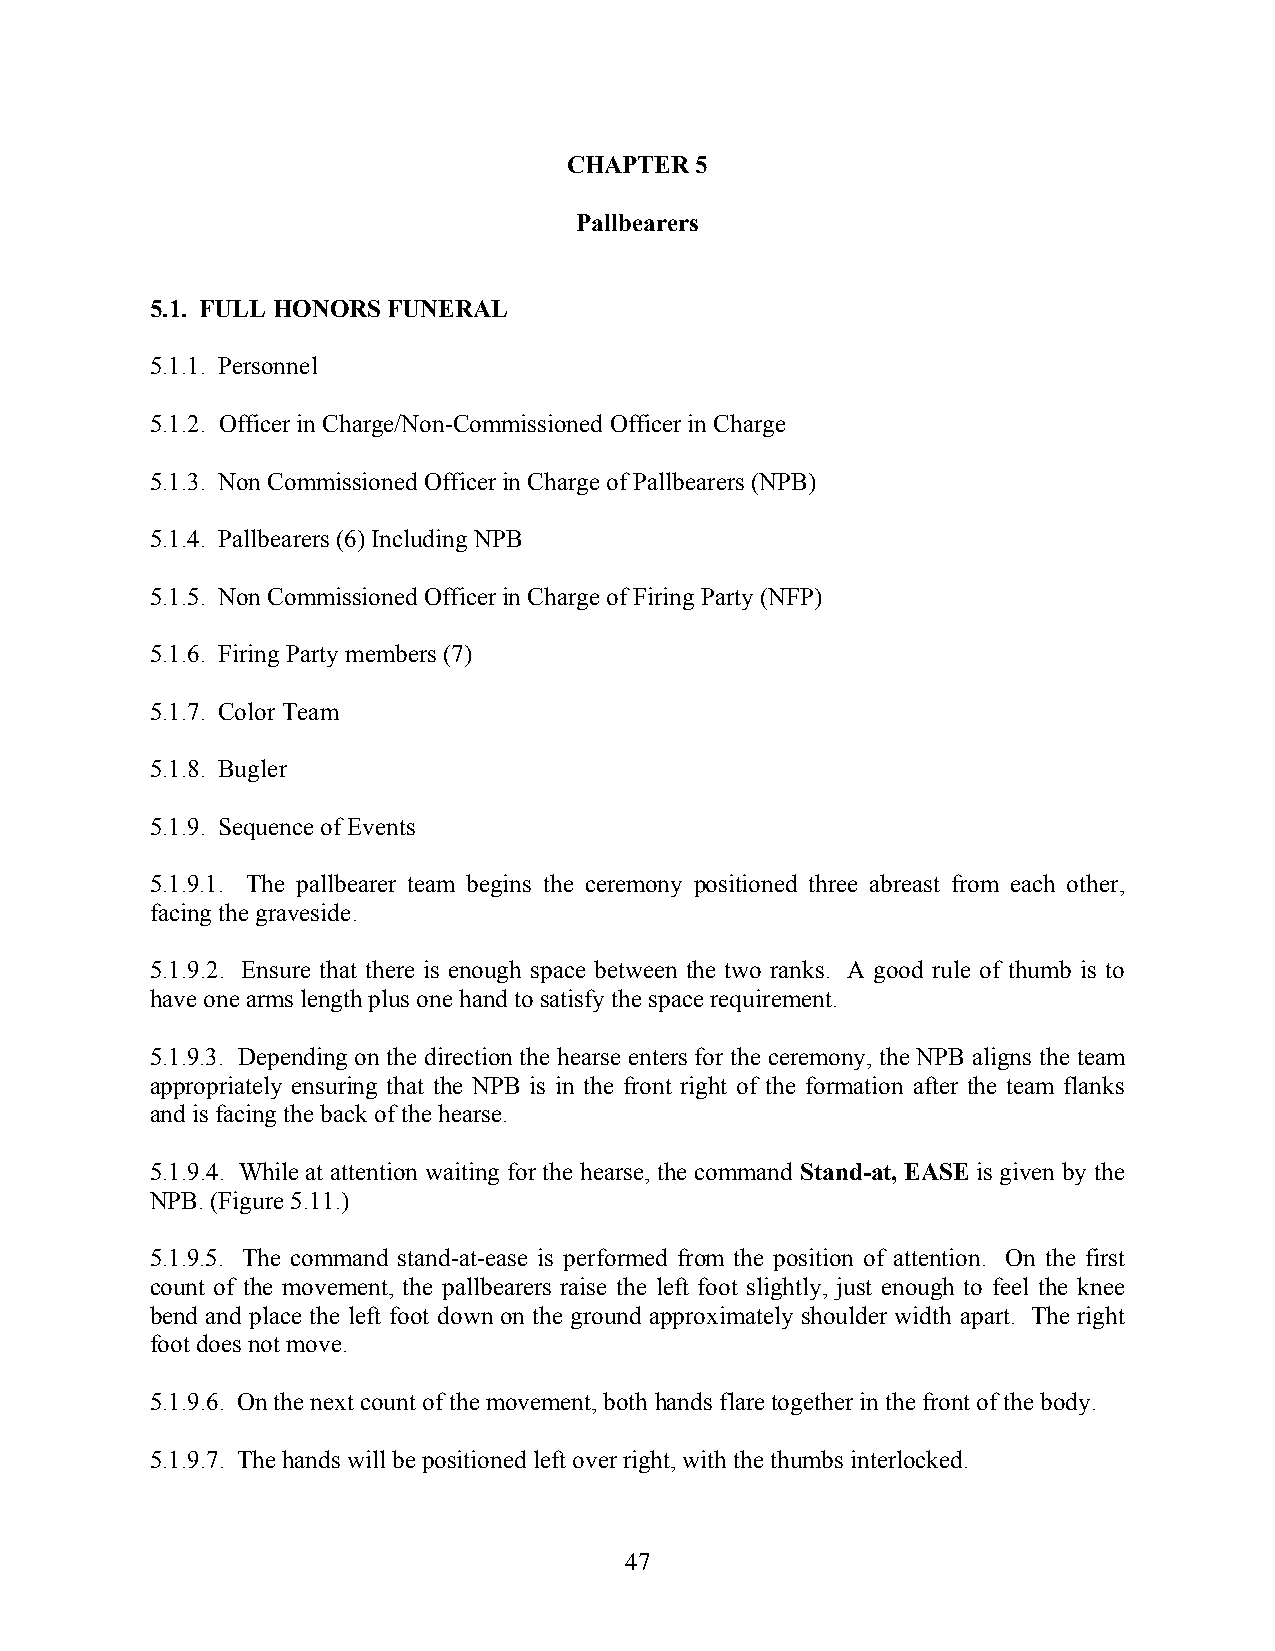
CHAPTER 5
 Pallbearers
 5.1. FULL HONORS FUNERAL
 5.1.1. Personnel
 5.1.2. Officer in Charge/Non-Commissioned Officer in Charge
 5.1.3. Non Commissioned Officer in Charge of Pallbearers (NPB)
 5.1.4. Pallbearers (6) Including NPB
 5.1.5. Non Commissioned Officer in Charge of Firing Party (NFP)
 5.1.6. Firing Party members (7)
 5.1.7. Color Team
 5.1.8. Bugler
 5.1.9. Sequence of Events
 5.1.9.1. The pallbearer team begins the ceremony positioned three abreast from each other,
 facing the graveside.
 5.1.9.2. Ensure that there is enough space between the two ranks. A good rule of thumb is to
 have one arms length plus one hand to satisfy the space requirement.
 5.1.9.3. Depending on the direction the hearse enters for the ceremony, the NPB aligns the team
 appropriately ensuring that the NPB is in the front right of the formation after the team flanks
 and is facing the back of the hearse.
 5.1.9.4. While at attention waiting for the hearse, the command Stand-at, EASE is given by the
 NPB. (Figure 5.11.)
 5.1.9.5. The command stand-at-ease is performed from the position of attention. On the first
 count of the movement, the pallbearers raise the left foot slightly, just enough to feel the knee
 bend and place the left foot down on the ground approximately shoulder width apart. The right
 foot does not move.
 5.1.9.6. On the next count of the movement, both hands flare together in the front of the body.
 5.1.9.7. The hands will be positioned left over right, with the thumbs interlocked.
 47